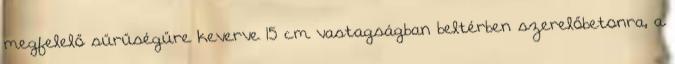
megfelelő sűrűségűre keverve 15 cm vastagságban beltérben szerelőbetonra, a